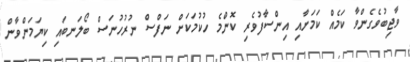
ވާޖިބުވެގެންވާ ކަމެއް ކަމަށާއި އިންސާފުވެރި ކޮންމެ ހުކުމަކަށް ނަފްސް ނުރުހުނަސް ބޯލަނބައި ކިޔަމަންވާން